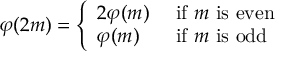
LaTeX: \varphi ( 2 m ) = { \left\{ \begin{array} { l l } { 2 \varphi ( m ) } & { { \mathrm { ~ i f ~ } } m { \mathrm { ~ i s ~ e v e n } } } \\ { \varphi ( m ) } & { { \mathrm { ~ i f ~ } } m { \mathrm { ~ i s ~ o d d } } } \end{array} \right. }